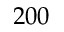
2 0 0